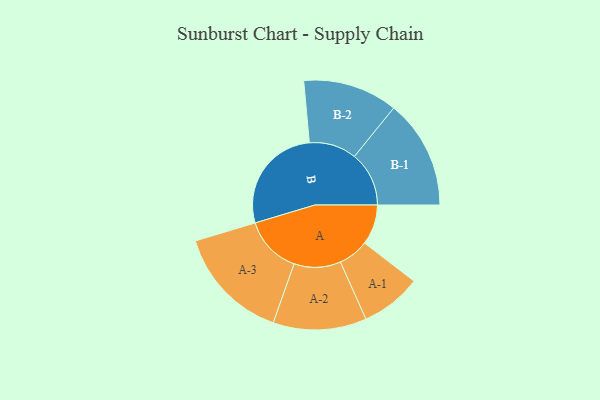
{"axis": {"x": "Segment", "y": "Value"}, "legend": ["", "A", "B"], "data": [{"x": "A", "y": 173, "type": ""}, {"x": "B", "y": 468, "type": ""}, {"x": "A-1", "y": 131, "type": "A"}, {"x": "A-2", "y": 201, "type": "A"}, {"x": "A-3", "y": 248, "type": "A"}, {"x": "B-1", "y": 235, "type": "B"}, {"x": "B-2", "y": 204, "type": "B"}]}